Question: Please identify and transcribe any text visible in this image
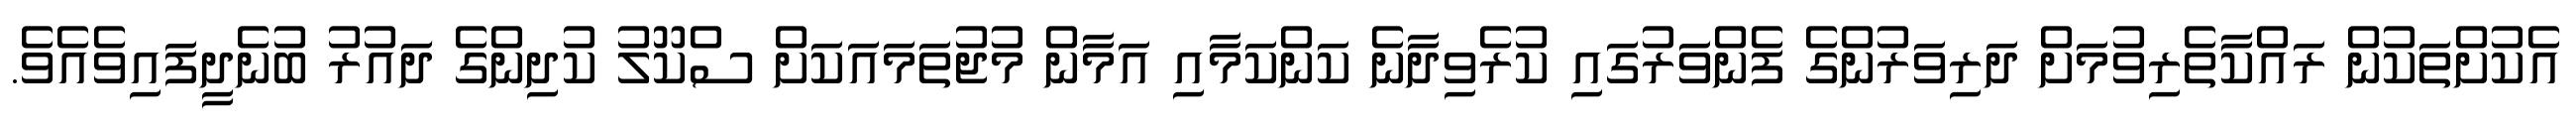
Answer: އެކުށްތަކުން ރައްކާތެރިވުމަށް ދަރިވަރުންގެ ފެންވަރުގައި ކުރެވިދާނެ ކަންކަމާއި އަމާން މުޖުތަމައަކަށް ސްކޫލު ކުދިންގެ ދައުރު ބުނެދީފައިވެއެވެ.